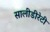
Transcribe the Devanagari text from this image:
सालीडीरेटी